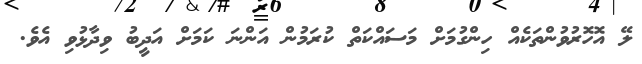
ލޭ އޮހޮރުވުންތަކެއް ހިންގުމަށް މަސައްކަތް ކުރަމުން އަންނަ ކަމަށް އަދީބު ވިދާޅުވި އެވެ.